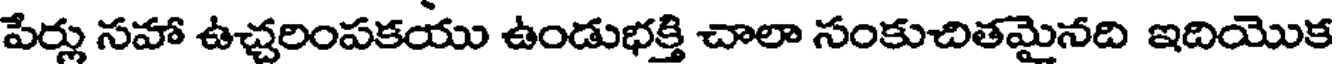
పేర్లు సహా ఉచ్చరింపకయు ఉండుభక్తి చాలా సంకుచితమైనది ఇదియొక